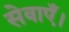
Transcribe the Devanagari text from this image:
सेवाएँ।